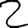
Digit: 2